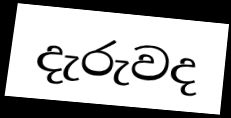
දැරුවද